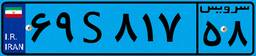
۶۹S۸۱۷۵۸